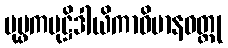
ပုပ္ဖကမုဋ္ဌိဒါယိကာဝိမာနဝတ္ထု